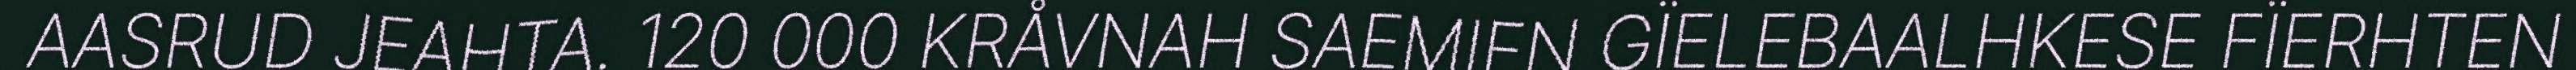
AASRUD JEAHTA. 120 000 KRÅVNAH SAEMIEN GÏELEBAALHKESE FÏERHTEN